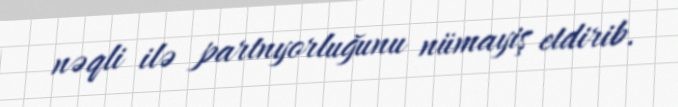
nəqli ilə partnyorluğunu nümayiş etdirib.